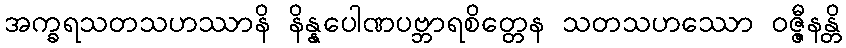
အက္ခရသတသဟဿာနိ နိန္နပေါဏပဗ္ဘာရစိတ္တေန သတသဟဿော ဝဇ္ဇီနန္တိ